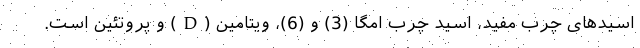
اسیدهای چرب مفید، اسید چرب امگا (3) و (6)، ویتامین (D) و پروتئین است.